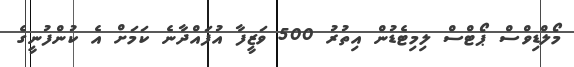
މޯލްޑިވްސް ޕޯޓްސް ލިމިޓެޑުން އިތުރު 500 ވަޒީފާ އުފައްދާނެ ކަމަށް އެ ކުންފުނީގެ